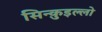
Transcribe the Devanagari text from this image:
सिन्क़ुइल्लो